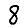
Digit: 8